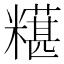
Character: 𫃒